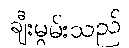
ချီးမွမ်းသည်